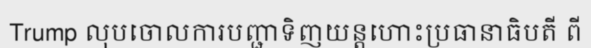
Trump លុបចោលការបញ្ជាទិញយន្តហោះប្រធានាធិបតី ពី